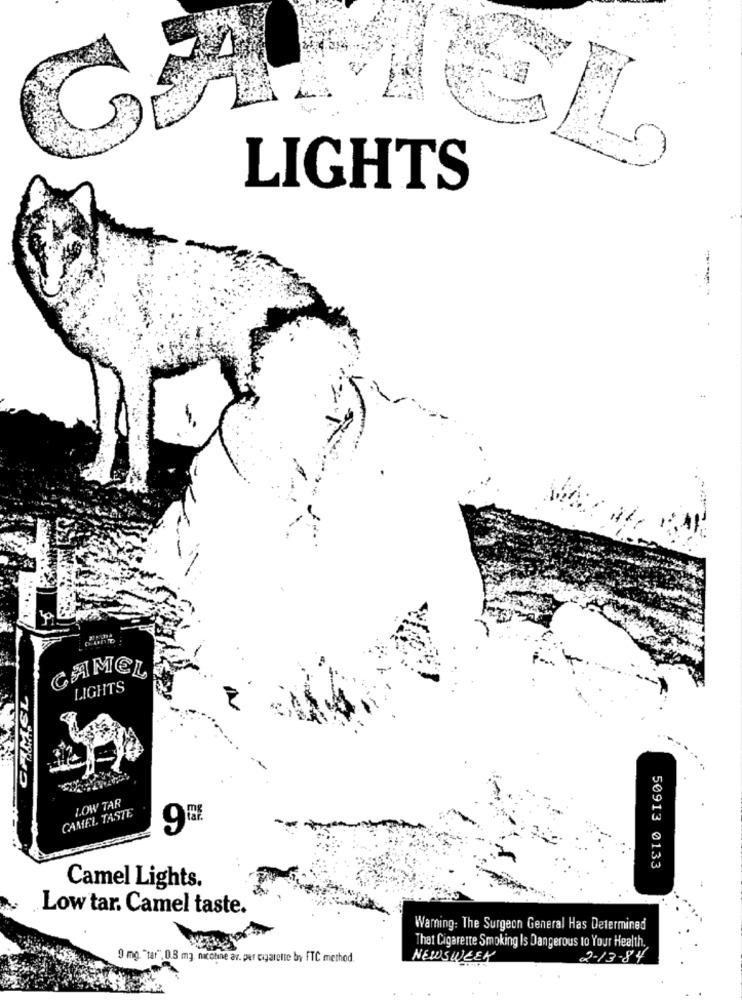
LIGHTS
CHAMEL
LIGHTS
LOW TAR
CAMEL TASTE
9%
50913 0133
Camel Lights.
Low tar. Camel taste.
Warning: The Surgeon General Has Determined
Thet Cigarette Smoking Is Dangerous to Your Health.
9 mg. "tar", 0.8 m3. nicobe av. per cigarette by FTC method.
NEWSWEEK
2-13-84